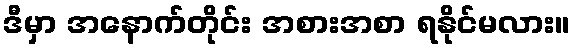
ဒီမှာ အနောက်တိုင်း အစားအစာ ရနိုင်မလား။